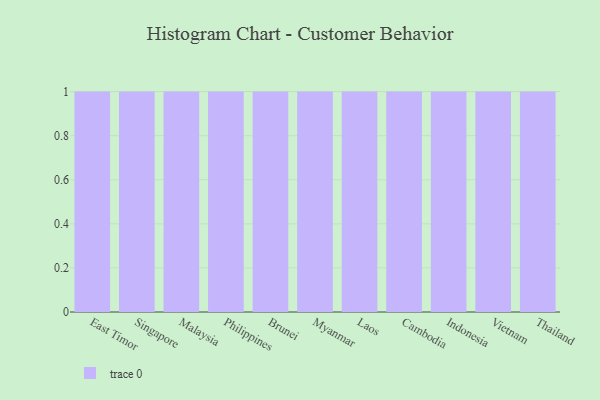
{"axis": {"x": "Country", "y": "Conversion Rate (%)"}, "legend": [""], "data": [{"x": "East Timor", "y": 35, "type": ""}, {"x": "Singapore", "y": 43, "type": ""}, {"x": "Malaysia", "y": 64, "type": ""}, {"x": "Philippines", "y": 28, "type": ""}, {"x": "Brunei", "y": 39, "type": ""}, {"x": "Myanmar", "y": 70, "type": ""}, {"x": "Laos", "y": 95, "type": ""}, {"x": "Cambodia", "y": 33, "type": ""}, {"x": "Indonesia", "y": 45, "type": ""}, {"x": "Vietnam", "y": 53, "type": ""}, {"x": "Thailand", "y": 67, "type": ""}]}